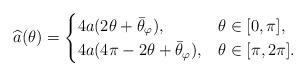
LaTeX: \begin{align*}\widehat a(\theta)=\begin{cases} 4a(2\theta+\bar\theta_\varphi),&\theta\in[0,\pi],\\ 4 a(4\pi-2\theta+\bar\theta_\varphi),&\theta\in[\pi,2\pi].\\\end{cases}\end{align*}